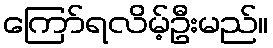
ကြော်ရလိမ့်ဦးမည်။